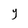
Character: y